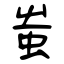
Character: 蚩